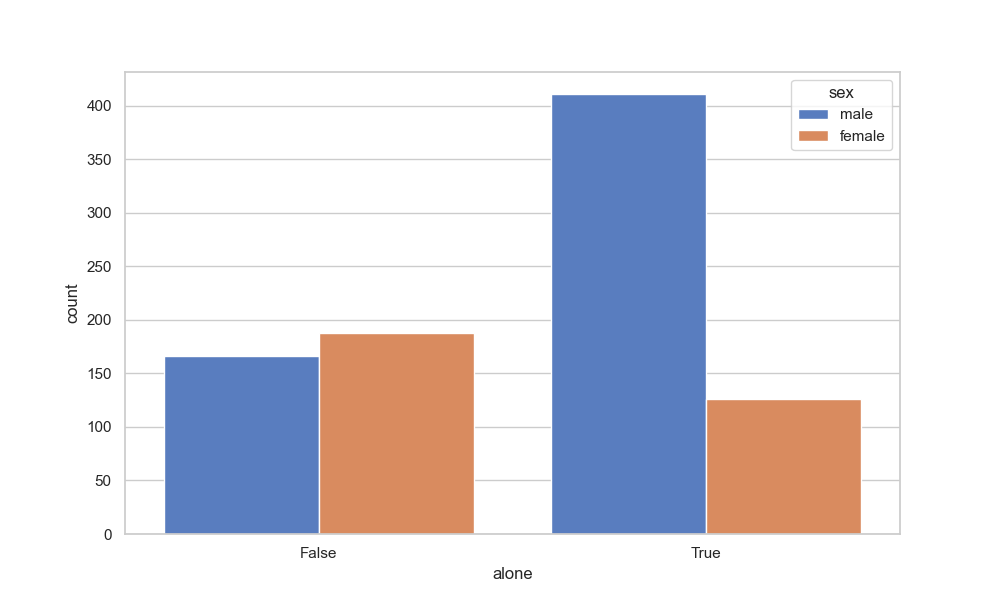
python, seaborn, countplot, x='alone', palette='muted', hue='sex'